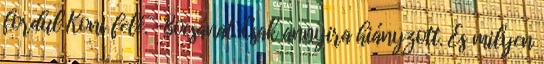
fordul Koni felé. -Bocsánat. Csak annyira hiányzott. És milyen